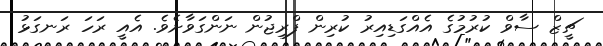
ޗީޒް ސާވް ކުރުމުގެ އެއްގަޑިއިރު ކުރިން ފްރިޖުން ނަންގަވާށެވެ. އެއީ ރަހަ ރަނގަޅު